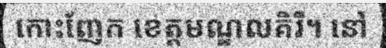
កោះញែក ខេត្តមណ្ឌលគិរី។ នៅ